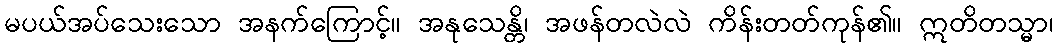
မပယ်အပ်သေးသော အနက်ကြောင့်။ အနုသေန္တိ၊ အဖန်တလဲလဲ ကိန်းတတ်ကုန်၏။ ဣတိတသ္မာ၊